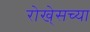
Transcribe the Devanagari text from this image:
रोखे्सच्या